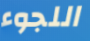
اللجوء